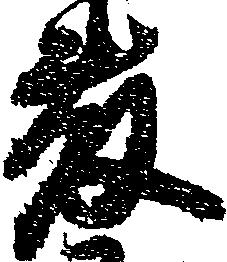
藤